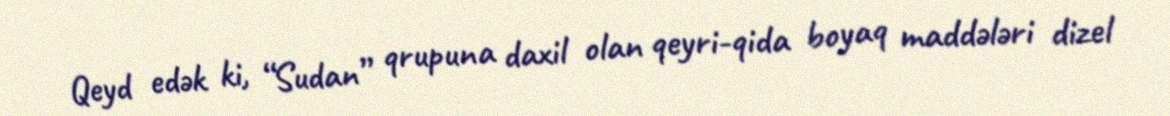
Qeyd edək ki, “Sudan” qrupuna daxil olan qeyri-qida boyaq maddələri dizel